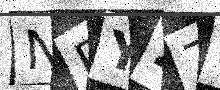
Text: NPY27R